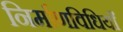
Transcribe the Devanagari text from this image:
निर्माणविधियाँ